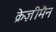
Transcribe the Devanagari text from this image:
क्रेज़ीमैन